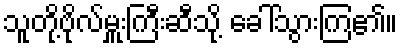
သူတို့ဗိုလ်မှူးကြီးဆီသို့ ခေါ်သွားကြ၏။